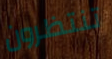
تنتظرون